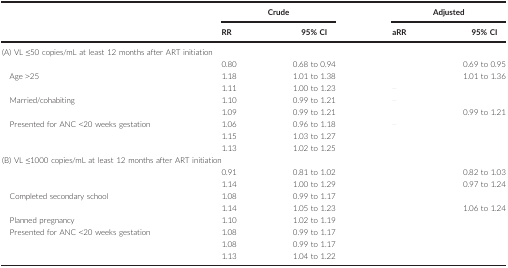
<table><thead><tr><td rowspan="2">[EMPTY_CELL]</td><td colspan="2"><b>Crude</b></td><td colspan="2"><b>Adjusted</b></td></tr><tr><td><b>RR</b></td><td><b>95% CI</b></td><td><b>aRR</b></td><td><b>95% CI</b></td></tr></thead><tbody><tr><td colspan="5">(A) VL ≤50 copies/mL at least 12 months after ART initiation</td></tr><tr><td>[EMPTY_CELL]</td><td>0.80</td><td>0.68 to 0.94</td><td>[EMPTY_CELL]</td><td>0.69 to 0.95</td></tr><tr><td>Age &gt;25</td><td>1.18</td><td>1.01 to 1.38</td><td>[EMPTY_CELL]</td><td>1.01 to 1.36</td></tr><tr><td>[EMPTY_CELL]</td><td>1.11</td><td>1.00 to 1.23</td><td>[EMPTY_CELL]</td><td>[EMPTY_CELL]</td></tr><tr><td>Married/cohabiting</td><td>1.10</td><td>0.99 to 1.21</td><td>[EMPTY_CELL]</td><td>[EMPTY_CELL]</td></tr><tr><td>[EMPTY_CELL]</td><td>1.09</td><td>0.99 to 1.21</td><td>[EMPTY_CELL]</td><td>0.99 to 1.21</td></tr><tr><td>Presented for ANC &lt;20 weeks gestation</td><td>1.06</td><td>0.96 to 1.18</td><td>[EMPTY_CELL]</td><td>[EMPTY_CELL]</td></tr><tr><td>[EMPTY_CELL]</td><td>1.15</td><td>1.03 to 1.27</td><td>[EMPTY_CELL]</td><td>[EMPTY_CELL]</td></tr><tr><td>[EMPTY_CELL]</td><td>1.13</td><td>1.02 to 1.25</td><td>[EMPTY_CELL]</td><td>[EMPTY_CELL]</td></tr><tr><td colspan="5">(B) VL ≤1000 copies/mL at least 12 months after ART initiation</td></tr><tr><td>[EMPTY_CELL]</td><td>0.91</td><td>0.81 to 1.02</td><td>[EMPTY_CELL]</td><td>0.82 to 1.03</td></tr><tr><td>[EMPTY_CELL]</td><td>1.14</td><td>1.00 to 1.29</td><td>[EMPTY_CELL]</td><td>0.97 to 1.24</td></tr><tr><td>Completed secondary school</td><td>1.08</td><td>0.99 to 1.17</td><td>[EMPTY_CELL]</td><td>[EMPTY_CELL]</td></tr><tr><td>[EMPTY_CELL]</td><td>1.14</td><td>1.05 to 1.23</td><td>[EMPTY_CELL]</td><td>1.06 to 1.24</td></tr><tr><td>Planned pregnancy</td><td>1.10</td><td>1.02 to 1.19</td><td>[EMPTY_CELL]</td><td>[EMPTY_CELL]</td></tr><tr><td>Presented for ANC &lt;20 weeks gestation</td><td>1.08</td><td>0.99 to 1.17</td><td>[EMPTY_CELL]</td><td>[EMPTY_CELL]</td></tr><tr><td>[EMPTY_CELL]</td><td>1.08</td><td>0.99 to 1.17</td><td>[EMPTY_CELL]</td><td>[EMPTY_CELL]</td></tr><tr><td>[EMPTY_CELL]</td><td>1.13</td><td>1.04 to 1.22</td><td>[EMPTY_CELL]</td><td>[EMPTY_CELL]</td></tr></tbody></table>